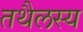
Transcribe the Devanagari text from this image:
तथैलस्य